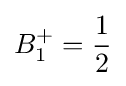
B_{1}^{+}={\frac {1}{2}}